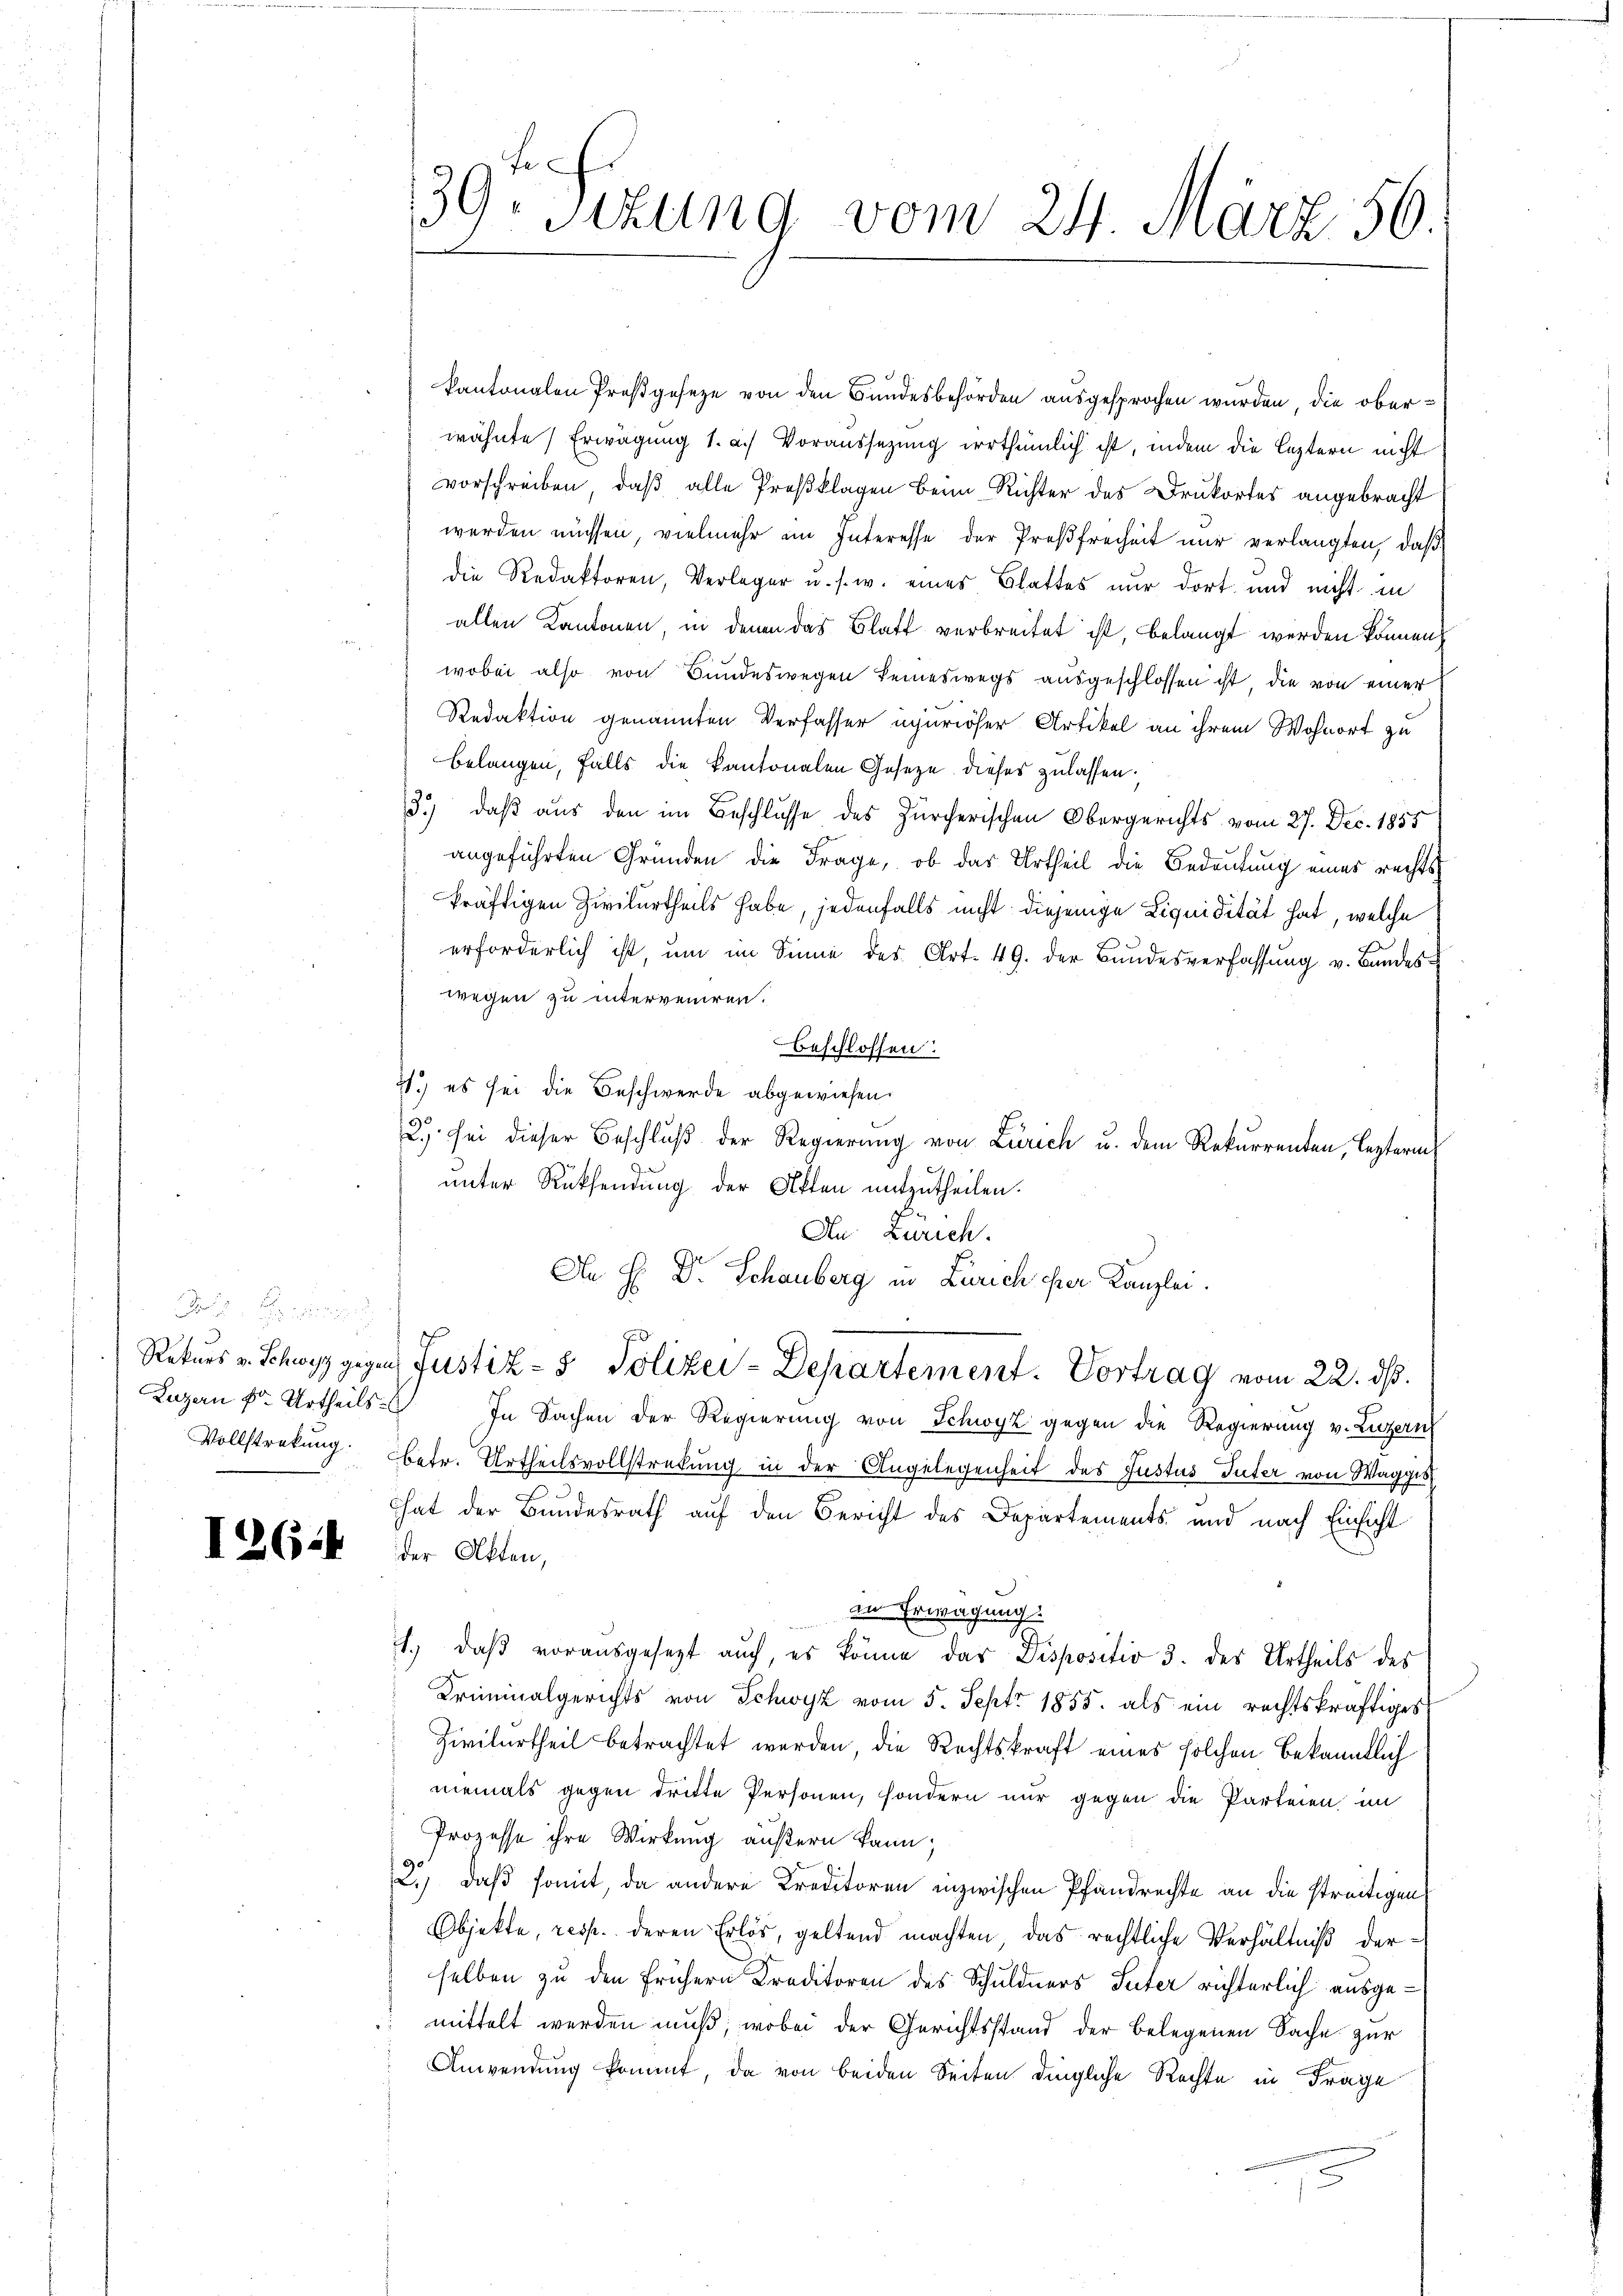
39 Sizung vom 24. März 56.

kantonalen Preßgeseze von den Bundesbehörden ausgesprochen wurden, die oberwähnte Erwägung 1. a.) Voraussetzung irrthümlich ist, indem die leztern nicht
vorschreiben, daß alle Preßklagen beim Richter des Drukortes angebracht
werden müssen, vielmehr im Interesse der Preßfreiheit nur verlangten, daß
die Redaktoren, Verleger u. s. w. eines Blattes nur dort und nicht in
allen Kantonen, in denen das Blatt verbreitet ist, belangt werden können,
wobei also von Bundeswegen keineswegs ausgeschlossen ist, die von einer
Redaktion genannten Verfasser aperiöser Artikel an ihrem Wohnort zu
belangen, falls die Kantonalen Gesetze dieses zulassen.
3.) daß aus den im Beschlusse des Zürcherischen Obergerichts vom 27. Dec. 1855
angeführten Gründen die Frage, ob das Urtheil die Bedeutung eines rechts
kräftigen Zivilurtheils habe, jedenfalls nicht diejenige Liquidität hat, welche
erforderlich ist, ŭm im Sinne des Art. 49. der Bŭndesverfassŭng v. Bandes-
wegen zu interveniren.
Beschlossen:
4.) es sei die Beschwerde abgewiesen.
2.) sei dieser Beschlŭβ der Regierung von Zürich u. dem Rekurrenten, lezterm
unter Rücksendung der Akten mitzutheilen.
An Zürich.
An H: Dr. Schauberg in Zürich ihrer Kanzlei.
F
Rekurs v. Schwyz gegen Justiz- & Polizei-Departement. Vortrag vom 22. ds.
Lazen fr. Urtheils. In Sachen der Regierung von Schwyz gegen die Regierung v. Luzern
Vollstrekŭng betr. Urtheilsvollstreckung in der Angelegenheit des Justus Güter von Wagges
hat der Bundesrath auf den Bericht des Departements und nach Einsicht
I2(sik der Akten,
in Erwägung.
1.) daß vorausgesezt auch, es könne das Dispositio 3. des Urtheils des
Kriminalgerichts von Schwyz vom 5. Sept. 1855. als ein rechtskräftiges
Zivilurtheil betrachtet werden, die Rechtskraft eines solchen bekanntlich
niemals gegen dritte Personen, sondern nur gegen die Parteien im
Prozesse ihre Wirkung äußern kann;
2.) daß somit, da andere Kreditoren inzwischen Pfandrechte an die streitigen
Objekte, resp. deren Erlös, geltend machten, das rechtliche Verhältniß derselben zu den frühern Kreditoren des Schuldners Suter richterlich ausge¬
 mittelt werden muß, wobei der Gerichtsstand der belegenen Sache zur
Anwendung koennt, da von beiden Seiten dingliche Rechte in Frage